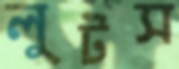
লুটস